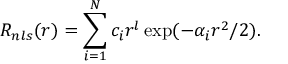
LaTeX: R _ { n l s } ( r ) = \sum _ { i = 1 } ^ { N } c _ { i } r ^ { l } \exp ( - \alpha _ { i } r ^ { 2 } / 2 ) .